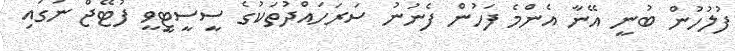
ފުލުހުން ބުނީ އޭނާ އެންމެ ފަހުން ފެނުނު ސަރަހައްދުތަކުގެ ސީސީޓީވީ ފުޓޭޖް ނަގައި